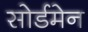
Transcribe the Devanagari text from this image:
सोर्डमेन